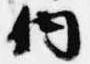
内